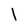
Character: l